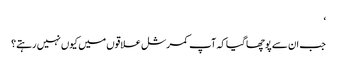
‘
جب ان سے پوچھا گیا کہ آپ کمرشل علاقوں میں کیوں نہیں رہتے؟